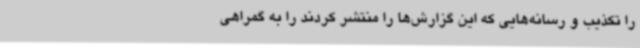
را تکذیب و رسانه‌هایی که این گزارش‌ها را منتشر کردند را به گمراهی